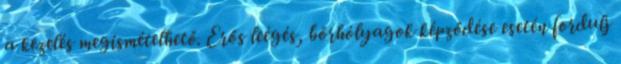
a kezelés megismételhető. Erős leégés, bőrhólyagok képződése esetén fordulj